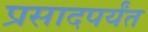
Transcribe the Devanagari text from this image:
प्रसादपर्यंत